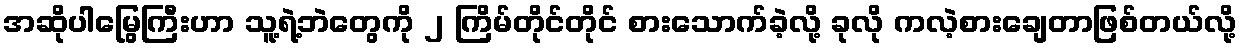
အဆိုပါမြွေကြီးဟာ သူ့ရဲ့ဘဲတွေကို ၂ ကြိမ်တိုင်တိုင် စားသောက်ခဲ့လို့ ခုလို ကလဲ့စားချေတာဖြစ်တယ်လို့